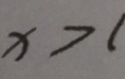
x > 1